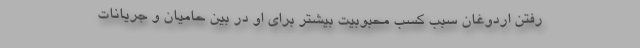
رفتن اردوغان سبب کسب محبوبیت بیشتر برای او در بین حامیان و جریانات